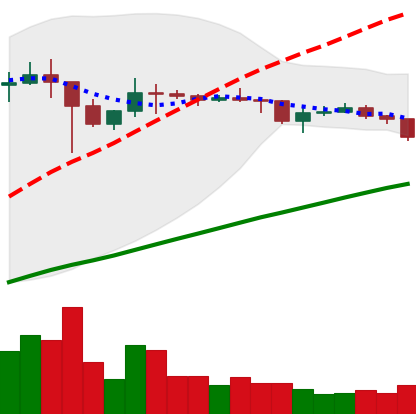
Ticker: DOGE-USD
Chart end date: 2021-01-27
Forward return: 366.119%
Label: up_7plus